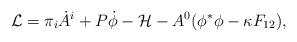
LaTeX: \begin{align*}{\cal L} = \pi_i \dot{A}^i + P \dot{\phi} - {\cal H} - A^0 (\phi^* \phi - \kappa F_{12} ),\end{align*}